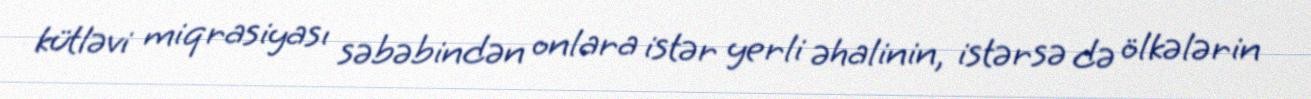
kütləvi miqrasiyası səbəbindən onlara istər yerli əhalinin, istərsə də ölkələrin